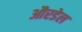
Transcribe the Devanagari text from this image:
औरडेल